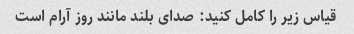
قیاس زیر را کامل کنید: صدای بلند مانند روز آرام است